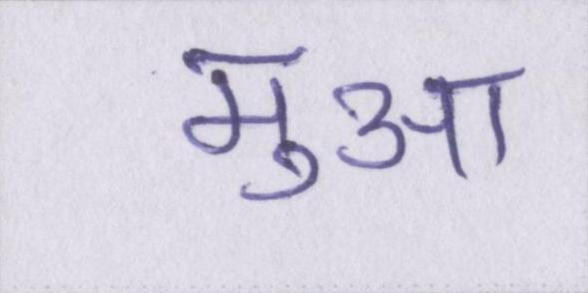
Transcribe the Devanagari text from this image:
मुआ